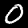
Label: 0